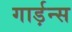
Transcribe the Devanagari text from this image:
गार्ड़न्स